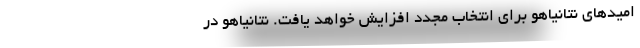
امیدهای نتانیاهو برای انتخاب مجدد افزایش خواهد یافت. نتانیاهو در